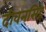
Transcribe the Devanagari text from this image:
दीवनसिंह